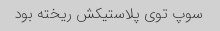
سوپ توی پلاستیکش ریخته بود